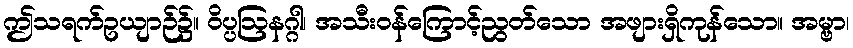
ဤသရက်ဥယျာဉ်၌။ ဝိပ္ပဩနဂ္ဂါ၊ အသီးဝန်ကြောင့်ညွတ်သော အဖျားရှိကုန်သော။ အမ္ဗာ၊